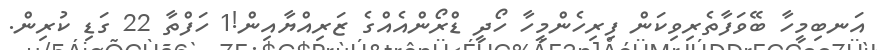
އަނބިމީހާ ބޭވަފާތެރިވިކަން ފިރިހެންމީހާ ހޯދީ ޑްރޯންއެއްގެ ޒަރިއްޔާއިން!1 ހަފްތާ 22 ގަޑި ކުރިން.